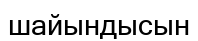
шайындысын